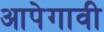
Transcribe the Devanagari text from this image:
आपेगावी